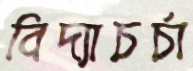
বিদ্যাচর্চা